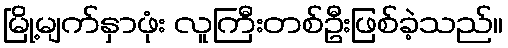
မြို့မျက်နှာဖုံး လူကြီးတစ်ဦးဖြစ်ခဲ့သည်။